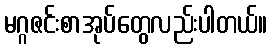
မဂ္ဂဇင်းစာအုပ်တွေလည်းပါတယ်။